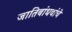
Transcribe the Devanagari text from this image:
जातिबांधवांचे